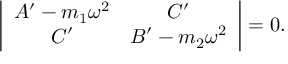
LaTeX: \left| \begin{array} { c c } { { A ^ { \prime } - m _ { 1 } \omega ^ { 2 } } } & { { C ^ { \prime } } } \\ { { C ^ { \prime } } } & { { B ^ { \prime } - m _ { 2 } \omega ^ { 2 } } } \end{array} \right| = 0 .